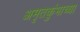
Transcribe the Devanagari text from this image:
अमृतकुंभाच्या